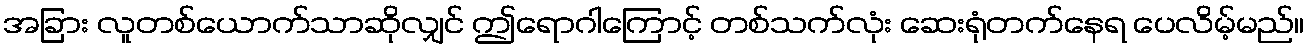
အခြား လူတစ်ယောက်သာဆိုလျှင် ဤရောဂါကြောင့် တစ်သက်လုံး ဆေးရုံတက်နေရ ပေလိမ့်မည်။